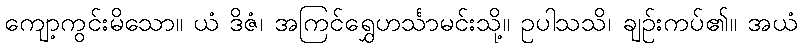
ကျော့ကွင်းမိသော။ ယံ ဒိဇံ၊ အကြင်ရွှေဟင်္သာမင်းသို့။ ဥပါသသိ၊ ချဉ်းကပ်၏။ အယံ